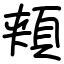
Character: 頬